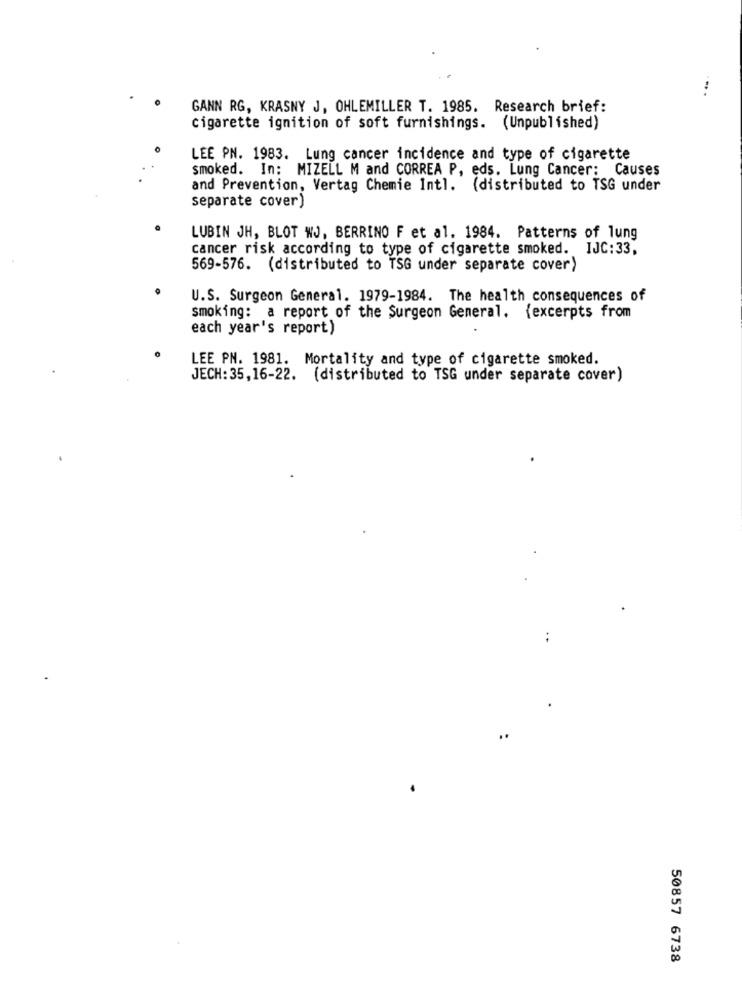
GANN RG, KRASNY J, OHLEMILLER T. 1985. Research brief:
cigarette ignition of soft furnishings. (Unpublished)
LEE PN. 1983. Lung cancer incidence and type of cigarette
smoked. In: MIZELL M and CORREA P, eds. Lung Cancer: Causes
and Prevention, Vertag Chemie Intl. (distributed to TSG under
separate cover)
LUBIN JH, BLOT WJ, BERRINO F et al. 1984. Patterns of lung
cancer risk according to type of cigarette smoked. IJC:33,
569-576. (distributed to TSG under separate cover)
U.S. Surgeon General. 1979-1984. The health consequences of
smoking: a report of the Surgeon General. {excerpts from
each year's report)
LEE PN. 1981. Mortality and type of cigarette smoked.
JECH:35,16-22. (distributed to TSG under separate cover)
..
50857 6738